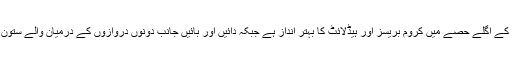
ان میں سب سے زیادہ قابل ذکر تبدیلی گاڑی کے اگلے حصے میں کروم بریسز اور ہیڈلائٹ کا بہتر انداز ہے جبکہ دائیں اور بائیں جانب دونوں دروازوں کے درمیان والے ستون (B-Pillar) کو بھی دلکش انداز دیا گیا ہے۔